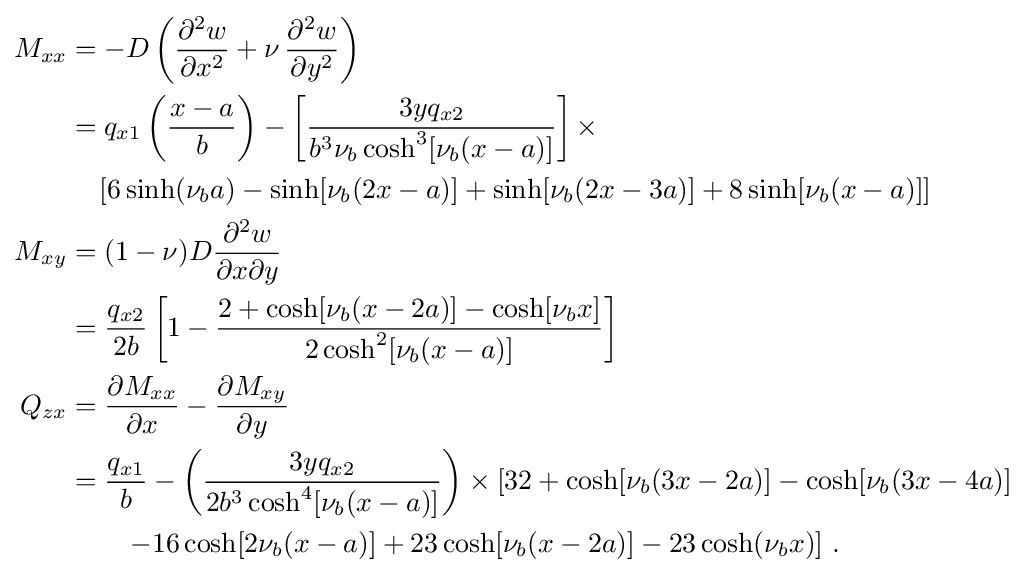
{\begin{aligned}M_{xx}&=-D\left({\frac {\partial ^{2}w}{\partial x^{2}}}+\nu \,{\frac {\partial ^{2}w}{\partial y^{2}}}\right)\\&=q_{x1}\left({\frac {x-a}{b}}\right)-\left[{\frac {3yq_{x2}}{b^{3}\nu _{b}\cosh ^{3}[\nu _{b}(x-a)]}}\right]\times \\&\quad \left[6\sinh(\nu _{b}a)-\sinh[\nu _{b}(2x-a)]+\sinh[\nu _{b}(2x-3a)]+8\sinh[\nu _{b}(x-a)]\right]\\M_{xy}&=(1-\nu )D{\frac {\partial ^{2}w}{\partial x\partial y}}\\&={\frac {q_{x2}}{2b}}\left[1-{\frac {2+\cosh[\nu _{b}(x-2a)]-\cosh[\nu _{b}x]}{2\cosh ^{2}[\nu _{b}(x-a)]}}\right]\\Q_{zx}&={\frac {\partial M_{xx}}{\partial x}}-{\frac {\partial M_{xy}}{\partial y}}\\&={\frac {q_{x1}}{b}}-\left({\frac {3yq_{x2}}{2b^{3}\cosh ^{4}[\nu _{b}(x-a)]}}\right)\times \left[32+\cosh[\nu _{b}(3x-2a)]-\cosh[\nu _{b}(3x-4a)]\right.\\&\qquad \left.-16\cosh[2\nu _{b}(x-a)]+23\cosh[\nu _{b}(x-2a)]-23\cosh(\nu _{b}x)\right]\,.\end{aligned}}